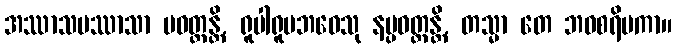
အဿာသပဿာသာ ပဝတ္တန္တိ, ရူပါရူပဘဝေသု နပ္ပဝတ္တန္တိ, တသ္မာ တေ ဘဝစရိမကာ။